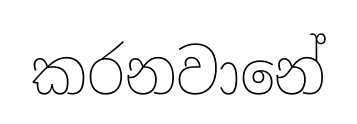
කරනවානේ